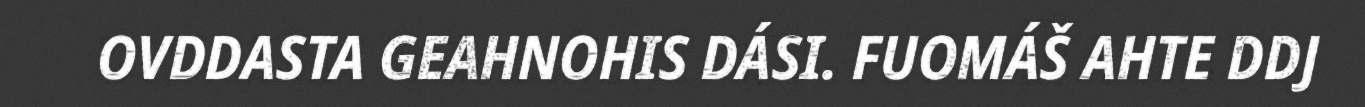
OVDDASTA GEAHNOHIS DÁSI. FUOMÁŠ AHTE DDJ